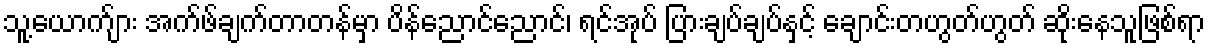
သူ့ယောက်ျား အက်ဖ်ချက်တာတန်မှာ ပိန်ညောင်ညောင်၊ ရင်အုပ် ပြားချပ်ချပ်နှင့် ချောင်းတဟွတ်ဟွတ် ဆိုးနေသူဖြစ်ရာ